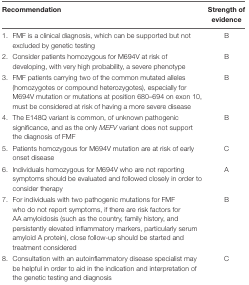
| Recommendation | Strength of evidence |
 | --- | --- |
 | 1. FMF is a clinical diagnosis, which can be supported but not excluded by genetic testing | B |
 | 2. Consider patients homozygous for M694V at risk of developing, with very high probability, a severe phenotype | B |
 | 3. FMF patients carrying two of the common mutated alleles (homozygotes or compound heterozygotes), especially for M694V mutation or mutations at position 680–694 on exon 10, must be considered at risk of having a more severe disease | B |
 | 4. The E148Q variant is common, of unknown pathogenic significance, and as the only MEFV variant does not support the diagnosis of FMF | B |
 | 5. Patients homozygous for M694V mutation are at risk of early onset disease | C |
 | 6. Individuals homozygous for M694V who are not reporting symptoms should be evaluated and followed closely in order to consider therapy | A |
 | 7. For individuals with two pathogenic mutations for FMF who do not report symptoms, if there are risk factors for AA amyloidosis (such as the country, family history, and persistently elevated inflammatory markers, particularly serum amyloid A protein), close follow-up should be started and treatment considered | B |
 | 8. Consultation with an autoinflammatory disease specialist may be helpful in order to aid in the indication and interpretation of the genetic testing and diagnosis | C |